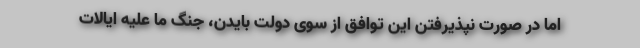
اما در صورت نپذیرفتن این توافق از سوی دولت بایدن، جنگ ما علیه ایالات